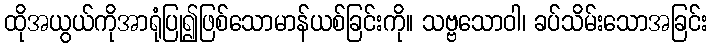
ထိုအယွယ်ကိုအာရုံပြု၍ဖြစ်သောမာန်ယစ်ခြင်းကို။ သဗ္ဗသောဝါ၊ ခပ်သိမ်းသောအခြင်း